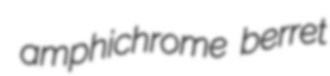
amphichrome berret